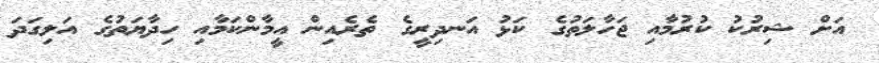
އަށް ޝިރުކު ކުރުމާއި ޖަހާލަތުގެ ކަޅު އަނދިރީގެ ތެރެއިން އީމާންކަމާއި ހިދާޔަތުގެ އަލިގަދަ